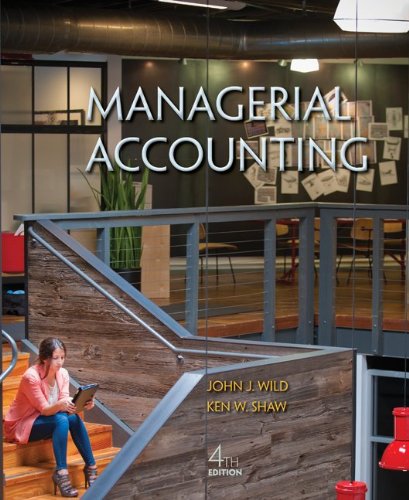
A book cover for Managerial Accounting; John Wild; Business & Money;